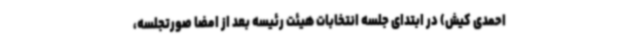
احمدی کیش) در ابتدای جلسه انتخابات هیئت رئیسه بعد از امضا صورتجلسه،